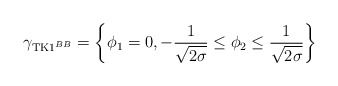
\begin{align*}\gamma_{{\rm TK1}^{BB}}=\left \{\phi_1=0,-\frac{1}{\sqrt{2\sigma}}\leq\phi_2\leq\frac{1}{\sqrt{2\sigma}}\right \}\end{align*}